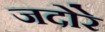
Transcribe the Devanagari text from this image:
जदोरे